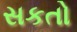
સકતો